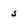
Character: 5